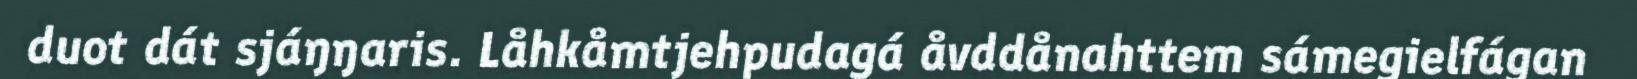
duot dát sjáŋŋaris. Låhkåmtjehpudagá åvddånahttem sámegielfágan